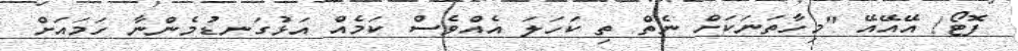
ފޮޓޯ/ އޭއޭއޭ "މިހާތަނަކަށް ނެތް ތި ކަހަލަ އެއްވެސް ކަމެއް އަޅުގަނޑުމެންނާ ހަމައަށް